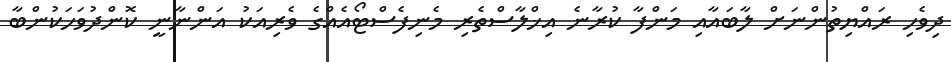
ދިވެހި ރައްޔިތުންނަށް ލާބައާއި މަންފާ ކުރާނެ އިޚްލާސްތެރި މެނިފެސްޓޯއެއްގެ ވެރިއަކު އަންނާނީ ކޮންދުވަހަކުންބާ